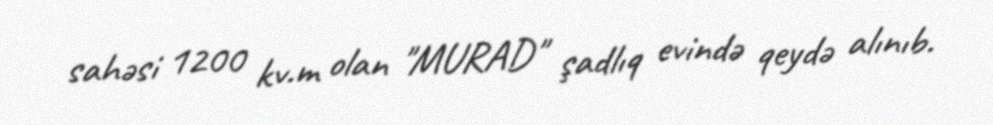
sahəsi 1200 kv.m olan "MURAD" şadlıq evində qeydə alınıb.